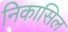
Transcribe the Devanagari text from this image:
निकासिल